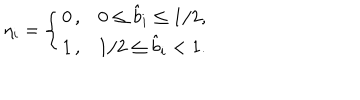
LaTeX: \eta _ { i } = \left\{ \begin{array} { c c } { { 0 \, , } } & { { \hspace { 1 c m } 0 \leq \hat { b } _ { i } \leq 1 / 2 , } } \\ { { 1 \, , } } & { { \hspace { 1 c m } 1 / 2 \leq \hat { b } _ { i } < 1 . } } \\ \end{array} \right.